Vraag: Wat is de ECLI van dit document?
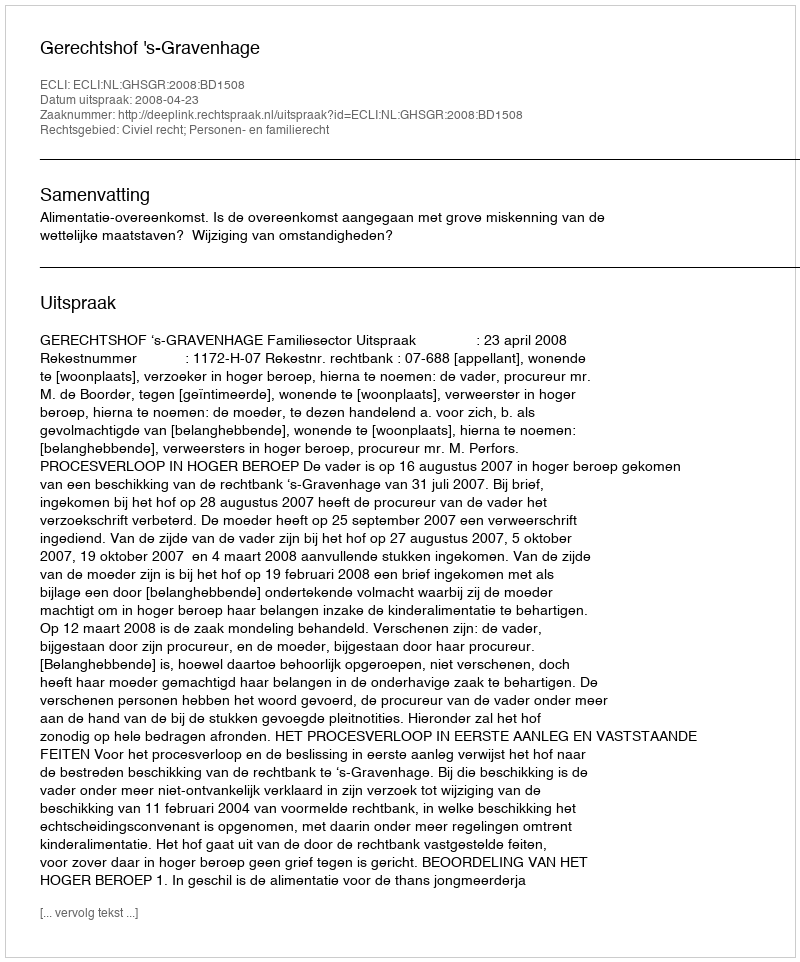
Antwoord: ECLI:NL:GHSGR:2008:BD1508